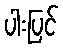
ပါးပြင်